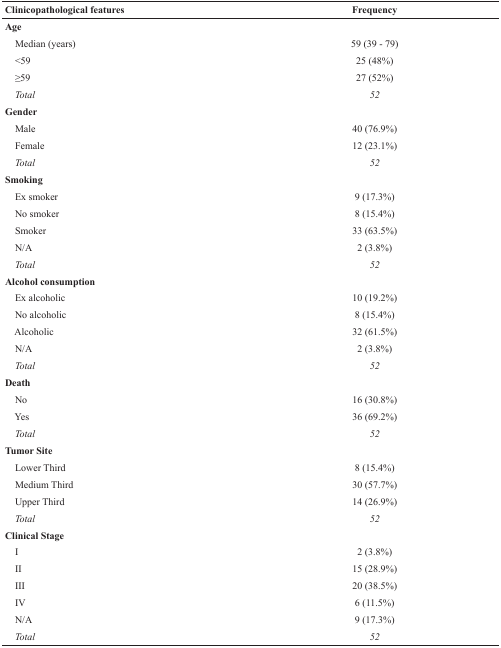
| Clinicopathological features | Frequency |
 | --- | --- |
 | <COLSPAN=2> Age |
 | Median (years) | 59 (39 - 79) |
 | <59 | 25 (48%) |
 | ≥59 | 27 (52%) |
 | Total | 52 |
 | <COLSPAN=2> Gender |
 | Male | 40 (76.9%) |
 | Female | 12 (23.1%) |
 | Total | 52 |
 | <COLSPAN=2> Smoking |
 | Ex smoker | 9 (17.3%) |
 | No smoker | 8 (15.4%) |
 | Smoker | 33 (63.5%) |
 | N/A | 2 (3.8%) |
 | Total | 52 |
 | <COLSPAN=2> Alcohol consumption |
 | Ex alcoholic | 10 (19.2%) |
 | No alcoholic | 8 (15.4%) |
 | Alcoholic | 32 (61.5%) |
 | N/A | 2 (3.8%) |
 | Total | 52 |
 | <COLSPAN=2> Death |
 | No | 16 (30.8%) |
 | Yes | 36 (69.2%) |
 | Total | 52 |
 | <COLSPAN=2> Tumor Site |
 | Lower Third | 8 (15.4%) |
 | Medium Third | 30 (57.7%) |
 | Upper Third | 14 (26.9%) |
 | Total | 52 |
 | <COLSPAN=2> Clinical Stage |
 | I | 2 (3.8%) |
 | II | 15 (28.9%) |
 | III | 20 (38.5%) |
 | IV | 6 (11.5%) |
 | N/A | 9 (17.3%) |
 | Total | 52 |